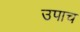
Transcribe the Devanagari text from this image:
उपाच